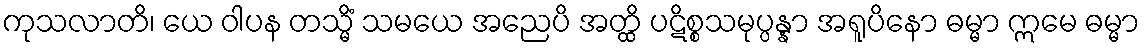
ကုသလာတိ၊ ယေ ဝါပန တသ္မိံ သမယေ အညေပိ အတ္ထိ ပဋိစ္စသမုပ္ပန္နာ အရူပိနော ဓမ္မာ ဣမေ ဓမ္မာ